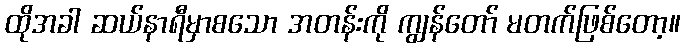
ထိုအခါ ဆယ်နာရီမှာစသော အတန်းကို ကျွန်တော် မတက်ဖြစ်တော့။